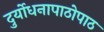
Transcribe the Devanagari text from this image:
दुर्योधनापाठोपाठ